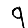
Digit: 9